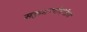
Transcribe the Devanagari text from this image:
सहकार्‍यांमधील